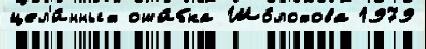
цел'и́нных оши́бка Шо́лохова 1979